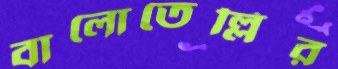
বালোতেল্লির